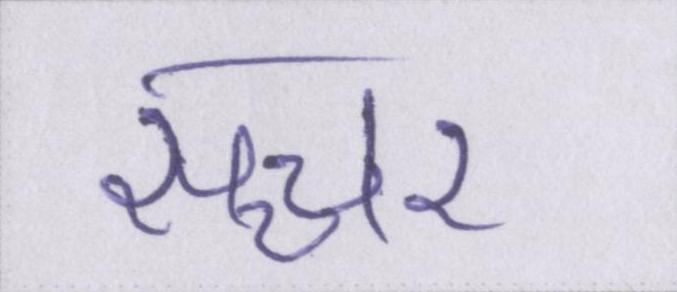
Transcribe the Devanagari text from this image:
सच्चर